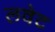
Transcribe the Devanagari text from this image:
लवेट